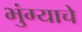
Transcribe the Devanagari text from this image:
भुंग्याचे